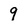
Character: 9